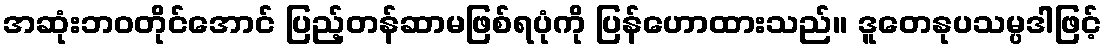
အဆုံးဘဝတိုင်အောင် ပြည့်တန်ဆာမဖြစ်ရပုံကို ပြန်ဟောထားသည်။ ဒူတေနုပသမ္ပဒါဖြင့်